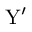
{ \mathrm { Y ^ { \prime } } }